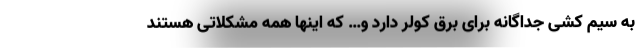
به سیم کشی جداگانه برای برق کولر دارد و… که اینها همه مشکلاتی هستند